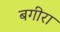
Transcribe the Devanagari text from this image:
बगीरा